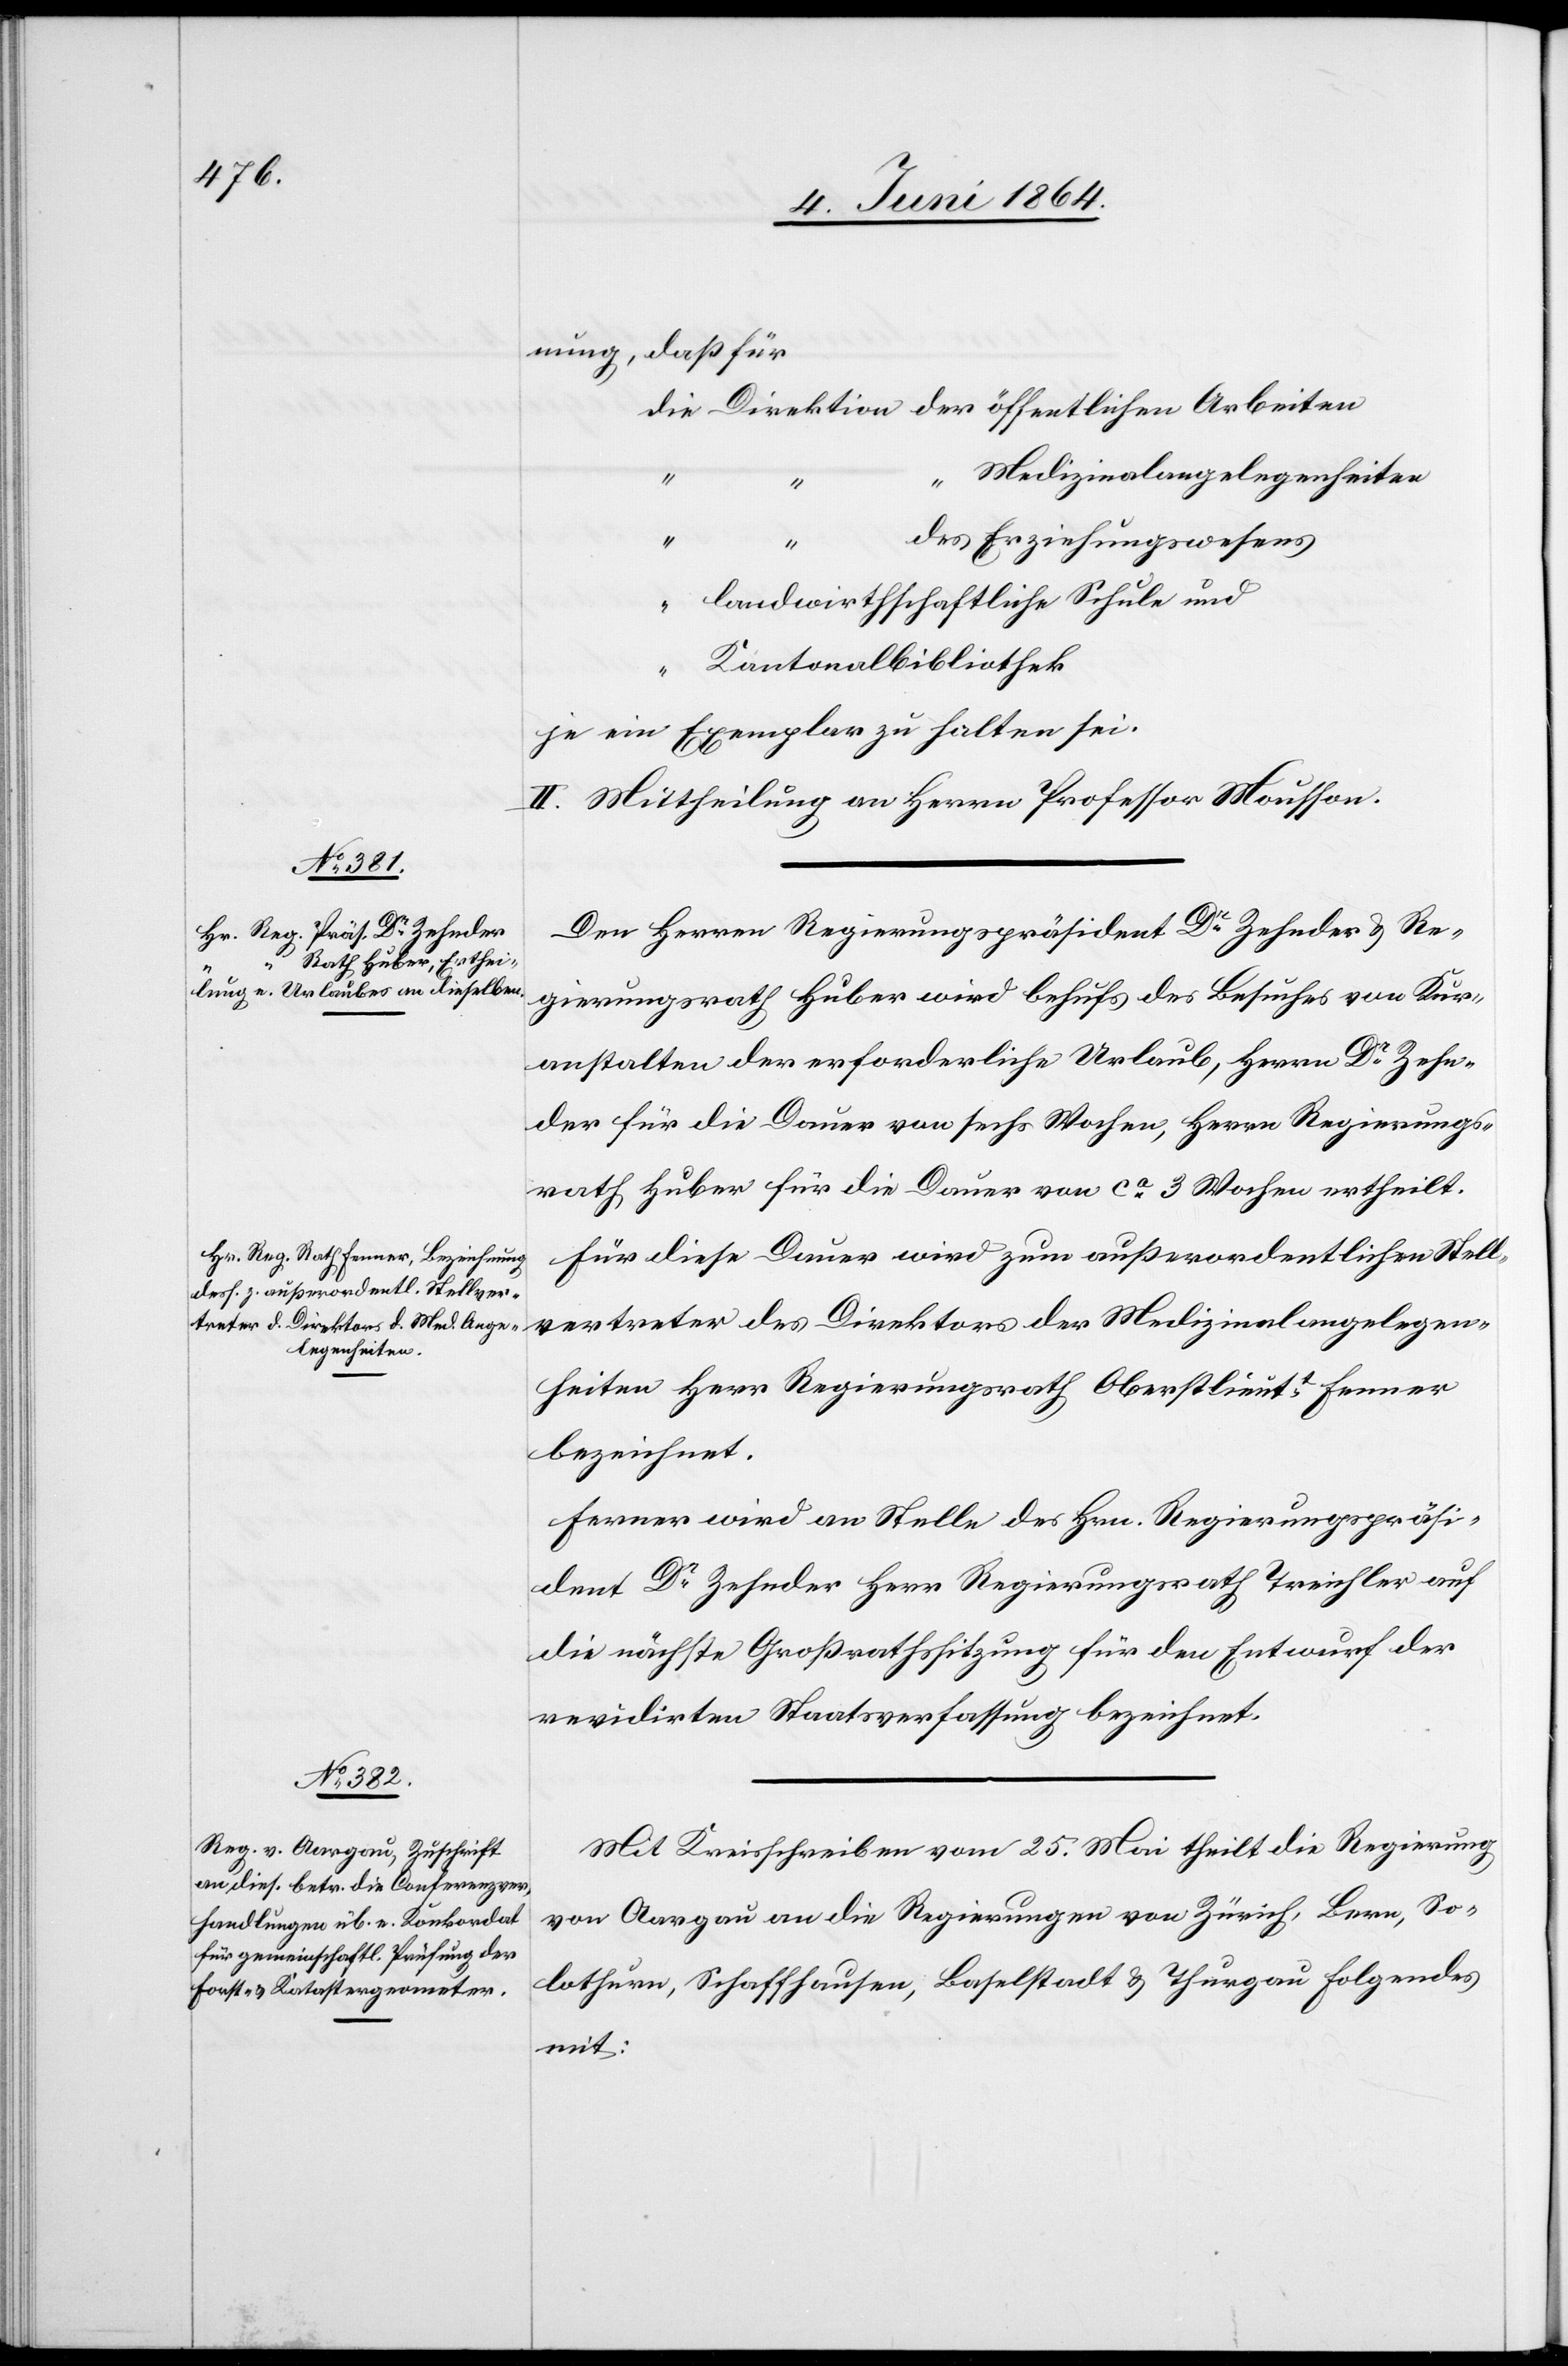
nung, daß für
Medizinalangelegenheiten
“
Erziehungswesens
“
landwirthschaftliche Schule und
Kantonalbibliothek
je ein Exemplar zu halten sei.
II. Mittheilung an Herrn Professor Mousson.
Den Herren Regierungspräsident Dr Zehnder u. Re¬
gierungsrath Huber wird behufs des Besuches von Kur¬
anstalten der erforderliche Urlaub, Herrn Dr Zehn¬
der für die Dauer von sechs Wochen, Herrn Regierungs¬
rath Huber für die Dauer von ca 3 Wochen ertheilt.
Für diese Dauer wird zum außerordentlichen Stell¬
vertreter des Direktors der Medizinalangelegen¬
heiten Herr Regierungsrath Oberslieutt Fenner
bezeichnet.
Ferner wird an Stelle des Hrn. Regierungspräsi¬
dent Dr Zehnder Herr Regierungsrath Treichler auf
die nächste Großrathssitzung für den Entwurf der
revidirten Staatsverfassung bezeichnet.
Mit Kreisschreiben vom 25. Mai theilt die Regierung
von Aargau an die Regierungen von Zürich, Bern, So¬
lothurn, Schaffhausen, Baselstadt u. Thurgau Folgendes
mit: